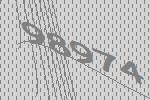
98974